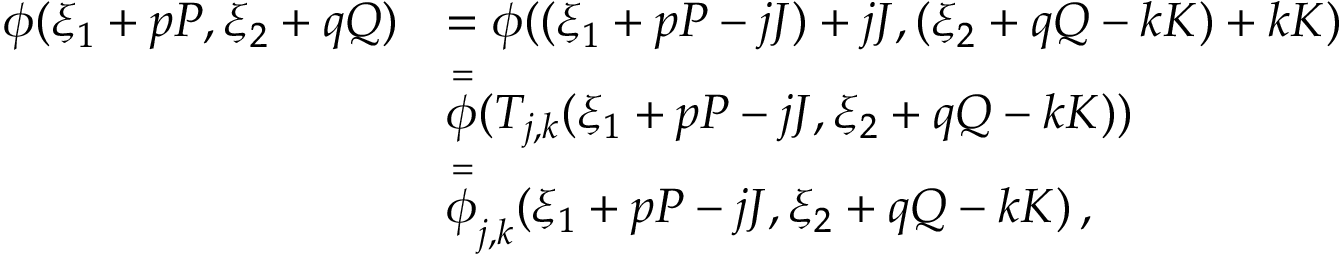
\begin{array} { r l } { \phi ( \xi _ { 1 } + p P , \xi _ { 2 } + q Q ) } & { = \phi ( ( \xi _ { 1 } + p P - j J ) + j J , ( \xi _ { 2 } + q Q - k K ) + k K ) } \\ & { \overset { = } \phi ( T _ { j , k } ( \xi _ { 1 } + p P - j J , \xi _ { 2 } + q Q - k K ) ) } \\ & { \overset { = } \phi _ { j , k } ( \xi _ { 1 } + p P - j J , \xi _ { 2 } + q Q - k K ) \, , } \end{array}